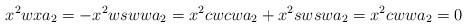
LaTeX: \begin{align*}x^2 wx a_2 & = - x^2 wsww a_2 = x^2 cwc wa_2 + x^2 sws w a_2 = x^2 c ww a_2 = 0\end{align*}